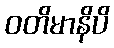
ဝတိမာနိပိ